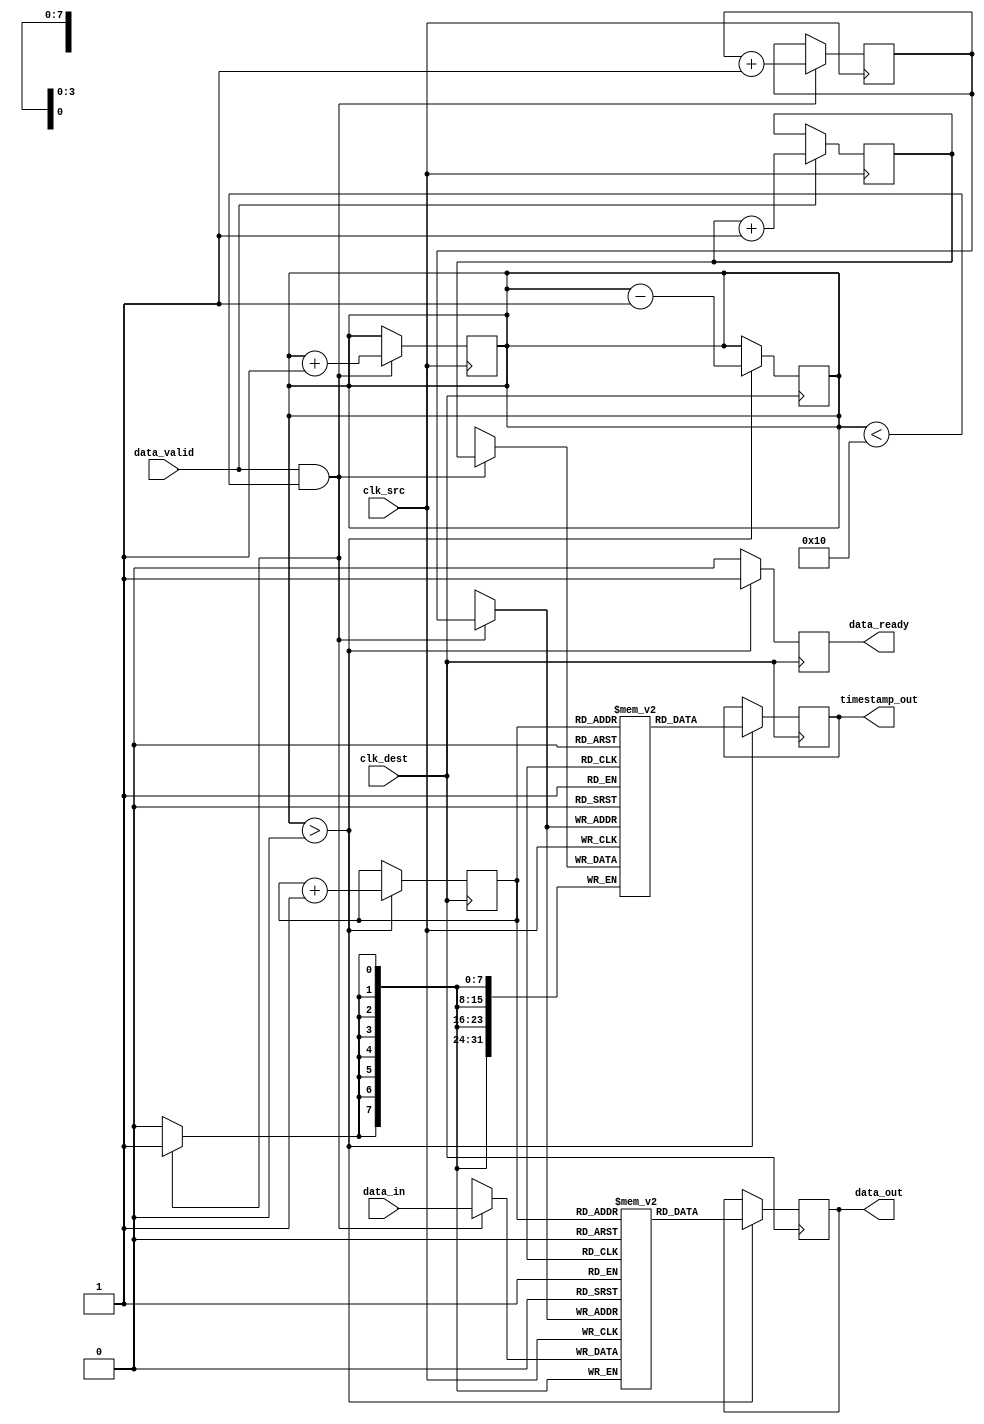
module TimeStampedSynchronizer #(
    parameter DATA_WIDTH = 8,
    parameter TIMESTAMP_WIDTH = 32,
    parameter FIFO_DEPTH = 16
)(
    input wire clk_src,                // Source clock
    input wire clk_dest,               // Destination clock
    input wire [DATA_WIDTH-1:0] data_in, // Input data
    input wire data_valid,             // Data valid signal
    output reg [DATA_WIDTH-1:0] data_out, // Output data
    output reg [TIMESTAMP_WIDTH-1:0] timestamp_out, // Output timestamp
    output reg data_ready              // Data ready signal
);

    // Timestamp generator
    reg [TIMESTAMP_WIDTH-1:0] timestamp_counter;
    
    always @(posedge clk_src) begin
        if (data_valid) begin
            timestamp_counter <= timestamp_counter + 1;
        end
    end

    // Dual-port memory block (FIFO)
    reg [DATA_WIDTH-1:0] fifo_data [0:FIFO_DEPTH-1];
    reg [TIMESTAMP_WIDTH-1:0] fifo_timestamp [0:FIFO_DEPTH-1];
    reg [3:0] write_pointer;
    reg [3:0] read_pointer;
    reg [3:0] fifo_count;

    // Write data and timestamp to FIFO
    always @(posedge clk_src) begin
        if (data_valid && (fifo_count < FIFO_DEPTH)) begin
            fifo_data[write_pointer] <= data_in;
            fifo_timestamp[write_pointer] <= timestamp_counter;
            write_pointer <= write_pointer + 1;
            fifo_count <= fifo_count + 1;
        end
    end

    // Synchronization logic
    always @(posedge clk_dest) begin
        if (fifo_count > 0) begin
            data_out <= fifo_data[read_pointer];
            timestamp_out <= fifo_timestamp[read_pointer];
            data_ready <= 1'b1;
            read_pointer <= read_pointer + 1;
            fifo_count <= fifo_count - 1;
        end else begin
            data_ready <= 1'b0;
        end
    end

    // Reset logic
    initial begin
        timestamp_counter = 0;
        write_pointer = 0;
        read_pointer = 0;
        fifo_count = 0;
        data_ready = 0;
    end

endmodule